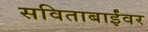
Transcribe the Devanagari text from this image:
सविताबाईंवर